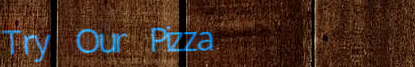
Try Our Pizza